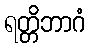
ရတ္တိဘာဂံ